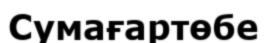
Сумағартөбе